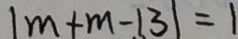
\vert m + m - 1 3 \vert = 1